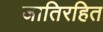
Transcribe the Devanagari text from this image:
जातिरहित